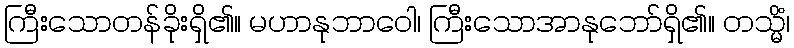
ကြီးသောတန်ခိုးရှိ၏။ မဟာနုဘာဝေါ၊ ကြီးသောအာနုဘော်ရှိ၏။ တသ္မိံ၊